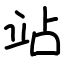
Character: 站